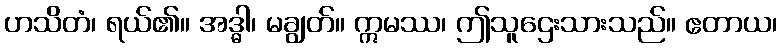
ဟသိတံ၊ ရယ်၏။ အဒ္ဓါ၊ မချွတ်။ ဣမဿ၊ ဤသူဌေးသားသည်။ ဧတာယ၊